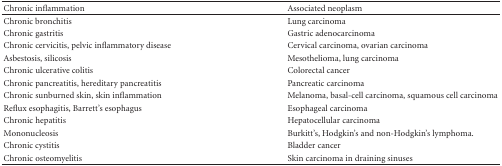
| Chronic inflammation | Associated neoplasm |
 | --- | --- |
 | Chronic bronchitis | Lung carcinoma |
 | Chronic gastritis | Gastric adenocarcinoma |
 | Chronic cervicitis, pelvic inflammatory disease | Cervical carcinoma, ovarian carcinoma |
 | Asbestosis, silicosis | Mesothelioma, lung carcinoma |
 | Chronic ulcerative colitis | Colorectal cancer |
 | Chronic pancreatitis, hereditary pancreatitis | Pancreatic carcinoma |
 | Chronic sunburned skin, skin inflammation | Melanoma, basal-cell carcinoma, squamous cell carcinoma |
 | Reflux esophagitis, Barrett's esophagus | Esophageal carcinoma |
 | Chronic hepatitis | Hepatocellular carcinoma |
 | Mononucleosis | Burkitt's, Hodgkin's and non-Hodgkin's lymphoma. |
 | Chronic cystitis | Bladder cancer |
 | Chronic osteomyelitis | Skin carcinoma in draining sinuses |